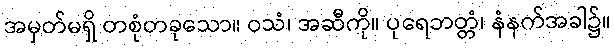
အမှတ်မရှိ တစုံတခုသော။ ဝသံ၊ အဆီကို။ ပုရေဘတ္တံ၊ နံနက်အခါ၌။